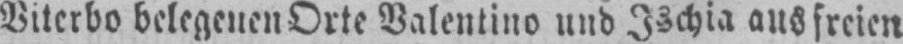
Viterbo belegenen Orte Valentino und Ischia aus freien